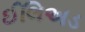
ઈલિઅડ